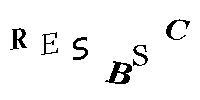
RESBSC